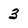
Character: 3